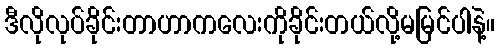
ဒီလိုလုပ်ခိုင်းတာဟာကလေးကိုခိုင်းတယ်လို့မမြင်ပါနဲ့။